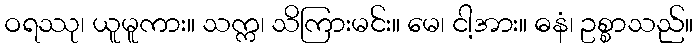
ဝရဿု၊ ယူမူကား။ သက္က၊ သိကြားမင်း။ မေ၊ ငါ့အား။ ဓနံ၊ ဥစ္စာသည်။